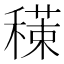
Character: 𥢇